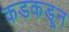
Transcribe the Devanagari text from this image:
कडकडून